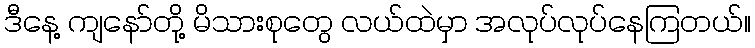
ဒီနေ့ ကျနော်တို့ မိသားစုတွေ လယ်ထဲမှာ အလုပ်လုပ်နေကြတယ်။